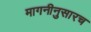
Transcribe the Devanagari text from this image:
मागनीनुसारच